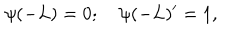
\psi ( - L ) = 0 ; \quad \psi ( - L ) ^ { \prime } = 1 ,